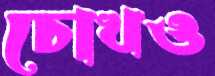
চোখও